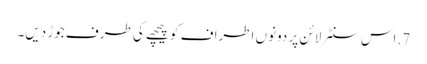
7. اس سنٹر لائن پر دونوں اطراف کو پیچھے کی طرف جوڑ دیں۔